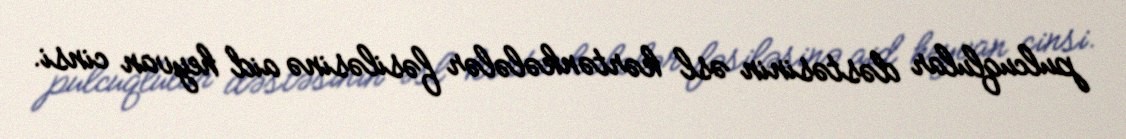
pulcuqlular dəstəsinin əsl kərtənkələlər fəsiləsinə aid heyvan cinsi.